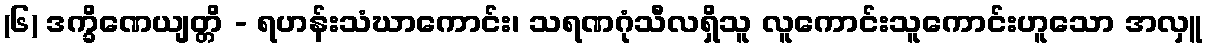
(၆) ဒက္ခိဏေယျတ္တိ - ရဟန်းသံဃာကောင်း၊ သရဏဂုံသီလရှိသူ လူကောင်းသူကောင်းဟူသော အလှူ